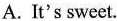
A.It's sweet.